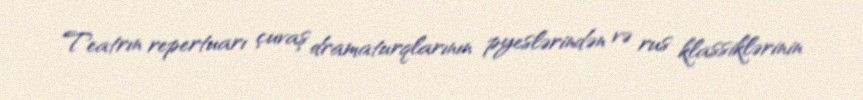
Teatrın repertuarı çuvaş dramaturqlarının pyeslərindən və rus klassiklərinin